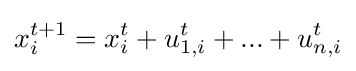
x_{i}^{t+1}=x_{i}^{t}+u_{1,i}^{t}+...+u_{n,i}^{t}